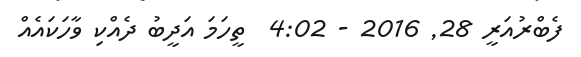
ފެބްރުއަރީ 28